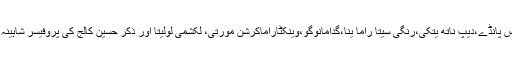
پروگرام کے دیگر شرکاء میں شری نواس پانڈے،دیپ ناتھ یتکی،رنگی سیتا راما ینا،گدامانوگو،وینکٹاراماکرشن مورتی، لکشمی لولیتا اور ذکر حسین کالج کی پروفیسر شاہینہ تبسم وغیرہ اس جلسے میں موجود تھے۔